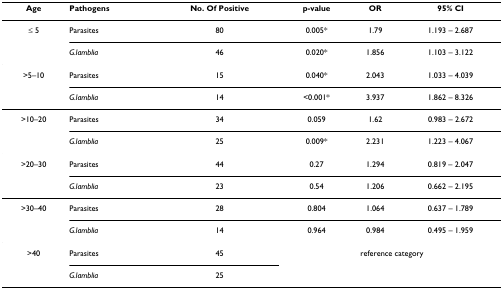
<table><thead><tr><td><b>Age</b></td><td><b>Pathogens</b></td><td><b>No. Of Positive</b></td><td><b>p-value</b></td><td><b>OR</b></td><td><b>95% CI</b></td></tr></thead><tbody><tr><td>≤ 5</td><td>Parasites</td><td>80</td><td>0.005*</td><td>1.79</td><td>1.193 – 2.687</td></tr><tr><td></td><td><i>G.lamblia</i></td><td>46</td><td>0.020*</td><td>1.856</td><td>1.103 – 3.122</td></tr><tr><td>&gt;5–10</td><td>Parasites</td><td>15</td><td>0.040*</td><td>2.043</td><td>1.033 – 4.039</td></tr><tr><td></td><td><i>G.lamblia</i></td><td>14</td><td>&lt;0.001*</td><td>3.937</td><td>1.862 – 8.326</td></tr><tr><td>&gt;10–20</td><td>Parasites</td><td>34</td><td>0.059</td><td>1.62</td><td>0.983 – 2.672</td></tr><tr><td></td><td><i>G.lamblia</i></td><td>25</td><td>0.009*</td><td>2.231</td><td>1.223 – 4.067</td></tr><tr><td>&gt;20–30</td><td>Parasites</td><td>44</td><td>0.27</td><td>1.294</td><td>0.819 – 2.047</td></tr><tr><td></td><td><i>G.lamblia</i></td><td>23</td><td>0.54</td><td>1.206</td><td>0.662 – 2.195</td></tr><tr><td>&gt;30–40</td><td>Parasites</td><td>28</td><td>0.804</td><td>1.064</td><td>0.637 – 1.789</td></tr><tr><td></td><td><i>G.lamblia</i></td><td>14</td><td>0.964</td><td>0.984</td><td>0.495 – 1.959</td></tr><tr><td>&gt;40</td><td>Parasites</td><td>45</td><td colspan="3">reference category</td></tr><tr><td></td><td><i>G.lamblia</i></td><td>25</td><td></td><td></td><td></td></tr></tbody></table>